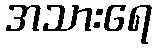
အသားရေ